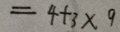
= 4 + 3 \times 9